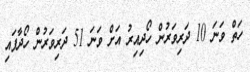
ހަތް ވަނަ 10 ދަރިވަރުން ހޯދިއިރު އަށް ވަނަ 51 ދަރިވަރުން ހޯދާފައި